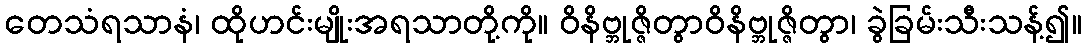
တေသံရသာနံ၊ ထိုဟင်းမျိုးအရသာတို့ကို။ ဝိနိဗ္ဘုဇ္ဇိတွာဝိနိဗ္ဘုဇ္ဇိတွာ၊ ခွဲခြမ်းသီးသန့်၍။